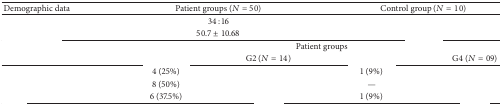
<table><thead><tr><td><b>Demographic data</b></td><td colspan="2"><b>Patient groups (<i>N</i> = 50)</b></td><td colspan="2"><b>Control group (<i>N</i> = 10)</b></td></tr></thead><tbody><tr><td>[EMPTY_CELL]</td><td colspan="2">34 : 16</td><td colspan="2">[EMPTY_CELL]</td></tr><tr><td>[EMPTY_CELL]</td><td colspan="2">50.7 ± 10.68</td><td colspan="2">[EMPTY_CELL]</td></tr><tr><td rowspan="2">[EMPTY_CELL]</td><td colspan="4">Patient groups</td></tr><tr><td>[EMPTY_CELL]</td><td>G2 (<i>N</i> = 14)</td><td>[EMPTY_CELL]</td><td>G4 (<i>N</i> = 09)</td></tr><tr><td>[EMPTY_CELL]</td><td>4 (25%)</td><td>[EMPTY_CELL]</td><td>1 (9%)</td><td>[EMPTY_CELL]</td></tr><tr><td>[EMPTY_CELL]</td><td>8 (50%)</td><td>[EMPTY_CELL]</td><td>—</td><td>[EMPTY_CELL]</td></tr><tr><td>[EMPTY_CELL]</td><td>6 (37.5%)</td><td>[EMPTY_CELL]</td><td>1 (9%)</td><td>[EMPTY_CELL]</td></tr></tbody></table>